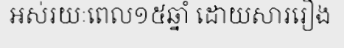
អស់រយៈពេល១៥ឆ្នាំ ដោយសាររឿង